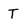
Character: T